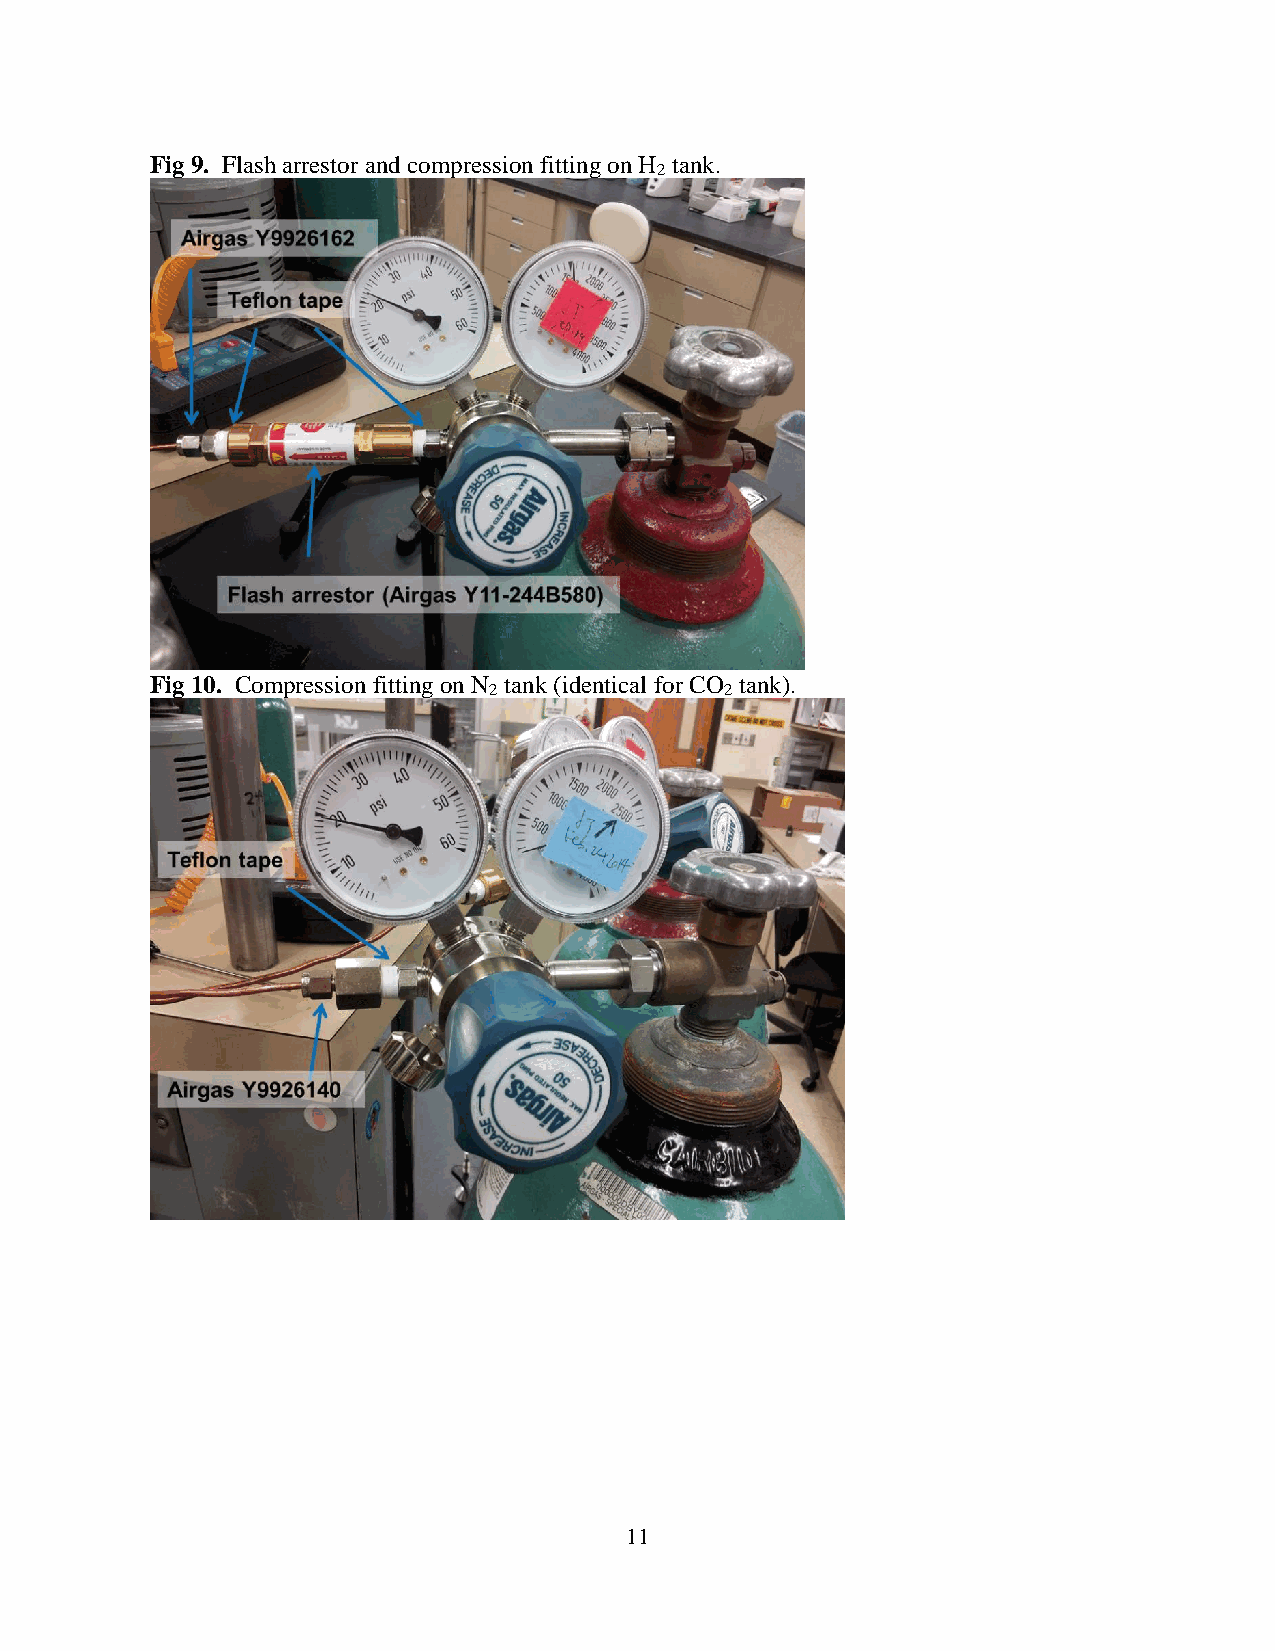
Fig 9. Flash arrestor and compression fitting on H tank.
 2
 Fig 10. Compression fitting on N tank (identical for CO tank).
 2               2
 11